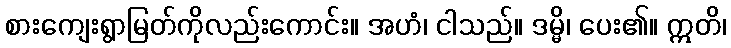
စားကျေးရွာမြတ်ကိုလည်းကောင်း။ အဟံ၊ ငါသည်။ ဒမ္မိ၊ ပေး၏။ ဣတိ၊